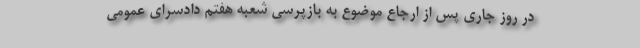
در روز جاری پس از ارجاع موضوع به بازپرسی شعبه هفتم دادسرای عمومی